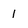
Character: 1